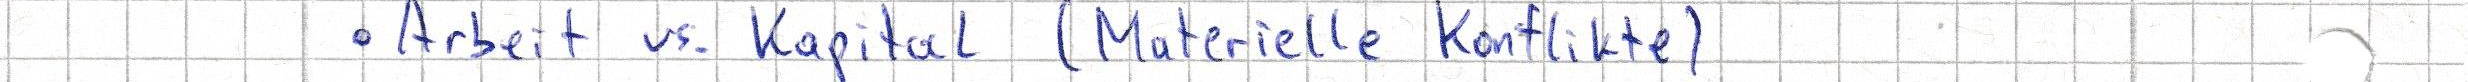
- Arbeit vs. Kapital (Materielle Konflikte)